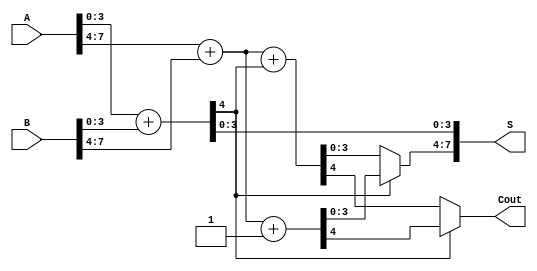
module han_carlson_adder (
    input [7:0] A,     // 8-bit input A
    input [7:0] B,     // 8-bit input B
    output [7:0] S,    // 8-bit sum output
    output Cout        // Carry output
);

    wire [3:0] sum0, sum1, sum2, sum3; // Sum wires for different groups
    wire C0, C1, C2;                   // Carry outputs for groups
    wire C0_sel, C1_sel;               // Carry selectors

    // Group 0: Add A[3:0] and B[3:0]
    assign {C0, sum0} = A[3:0] + B[3:0];

    // Group 1: Add A[7:4] and B[7:4] with carry in C0
    assign {C1, sum1} = A[7:4] + B[7:4] + C0;

    // Group 1: Add A[7:4] and B[7:4] with carry in C0 + 1
    assign {C1_sel, sum2} = A[7:4] + B[7:4] + 1;

    // Carry Select Logic
    assign S[3:0] = sum0; // First 4 bits are directly from sum0

    // Select the correct sum for the second group based on C0
    assign S[7:4] = (C0 == 0) ? sum1 : sum2;

    // Final carry output
    assign Cout = (C0 == 0) ? C1 : C1_sel;

endmodule